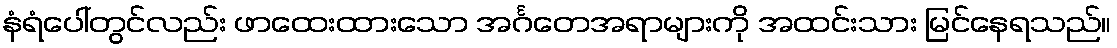
နံရံပေါ်တွင်လည်း ဖာထေးထားသော အင်္ဂတေအရာများကို အထင်းသား မြင်နေရသည်။